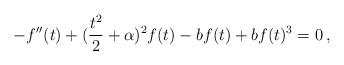
LaTeX: \begin{align*}- f'' (t) + (\frac{t^2}{2}+\alpha)^2 f(t) - b f(t) + b f(t)^3 =0\,,\end{align*}